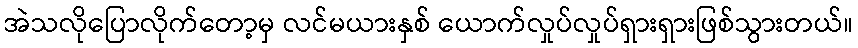
အဲသလိုပြောလိုက်တော့မှ လင်မယားနှစ် ယောက်လှုပ်လှုပ်ရှားရှားဖြစ်သွားတယ်။